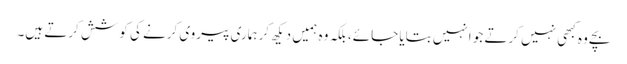
بچے وہ کبھی نہیں کرتے جو انہیں بتایا جائے، بلکہ وہ ہمیں دیکھ کر ہماری پیروی کرنے کی کوشش کرتے ہیں۔